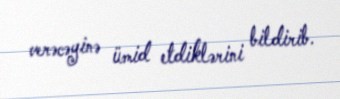
verəcəyinə ümid etdiklərini bildirib.